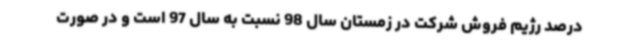
درصد رژیم فروش شرکت در زمستان سال 98 نسبت به سال 97 است و در صورت